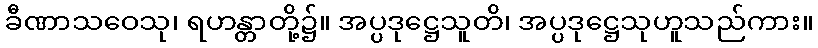
ခီဏာသဝေသု၊ ရဟန္တာတို့၌။ အပ္ပဒုဋ္ဌေသူတိ၊ အပ္ပဒုဋ္ဌေသုဟူသည်ကား။